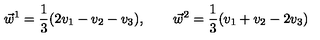
\vec { w } ^ { 1 } = \frac { 1 } { 3 } ( 2 v _ { 1 } - v _ { 2 } - v _ { 3 } ) , \qquad \vec { w } ^ { 2 } = \frac { 1 } { 3 } ( v _ { 1 } + v _ { 2 } - 2 v _ { 3 } )